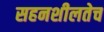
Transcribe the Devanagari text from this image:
सहनशीलतेच